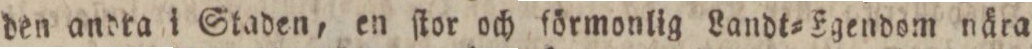
den andra i Staden, en ſtor och förmonlig Landt=Egendom nära